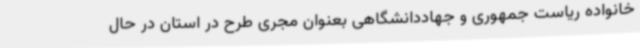
خانواده ریاست جمهوری و جهاددانشگاهی بعنوان مجری طرح در استان در حال